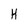
Character: H